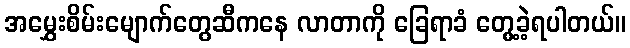
အမွှေးစိမ်းမျောက်တွေဆီကနေ လာတာကို ခြေရာခံ တွေ့ခဲ့ရပါတယ်။